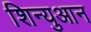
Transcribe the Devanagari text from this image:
शिन्युआन